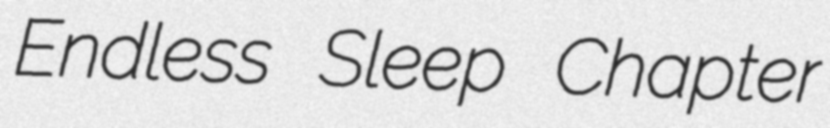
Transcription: Endless Sleep Chapter